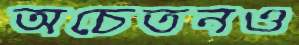
অচেতনও